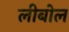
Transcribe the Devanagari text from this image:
लीबोल